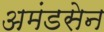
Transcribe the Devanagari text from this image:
अमंडसेन